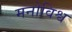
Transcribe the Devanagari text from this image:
मनोविश्व